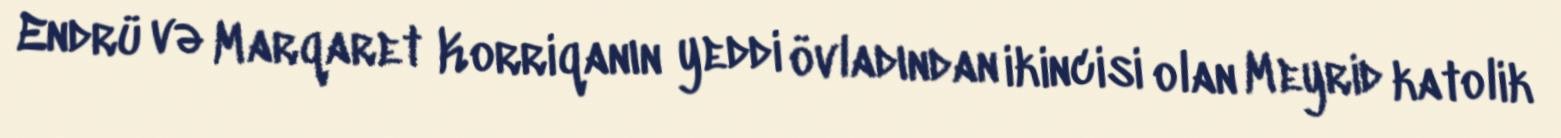
Endrü və Marqaret Korriqanın yeddi övladından ikincisi olan Meyrid katolik